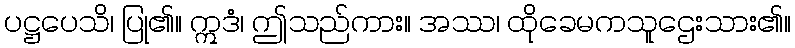
ပဋ္ဌပေသိ၊ ပြု၏။ ဣဒံ၊ ဤသည်ကား။ အဿ၊ ထိုခေမကသူဌေးသား၏။